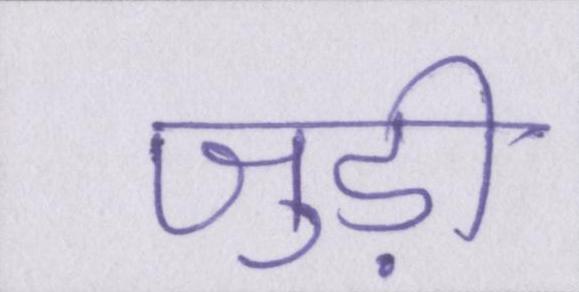
जुड़ी